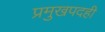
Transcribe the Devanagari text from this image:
प्रमुखपदही